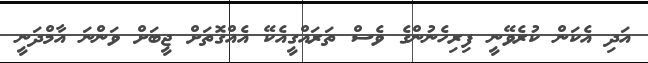
އަދި އެކަން ކުރެވޭނީ ފިރިހެނުންގެ ވެސް ތަރައްގީއެކޭ އެއްގޮތަށް ޖީބަށް ވަންނަ އާމްދަނީ